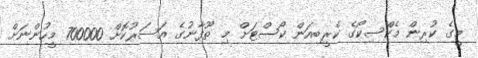
މީގެ ކުރިން މެކްސިކޯގެ ކެރީބިއަން ކޯސްޓަށް މި ތޫފާނުގެ އަސަރުކޮށް 700000 މީހުންނަށް